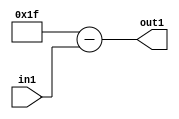
`timescale 1ps / 1ps
/*****************************************************************************
    Verilog RTL Description
    
    
    Created by: Stratus DpOpt 2019.1.01 
*******************************************************************************/

module fix2float_Subu5i31_4_1 (
	in1,
	out1
	); /* architecture "behavioural" */ 
input [4:0] in1;
output [5:0] out1;
wire [5:0] asc001;

assign asc001 = 
	+(6'B011111)
	-(in1);

assign out1 = asc001;
endmodule

/* CADENCE  urbwQwE= : u9/ySgnWtBlWxVPRXgAZ4Og= ** DO NOT EDIT THIS LINE ******/